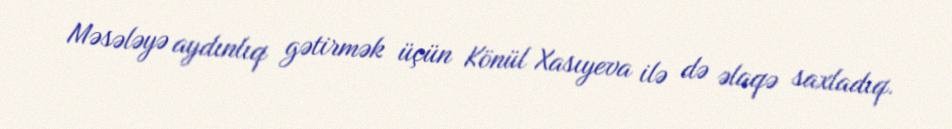
Məsələyə aydınlıq gətirmək üçün Könül Xasıyeva ilə də əlaqə saxladıq.